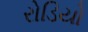
રોડિયો